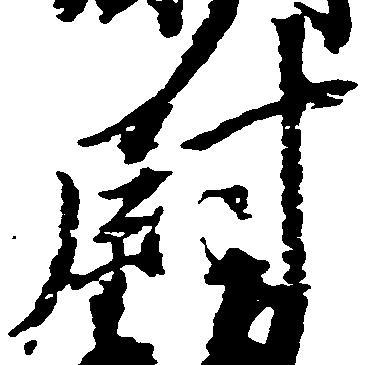
尉